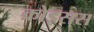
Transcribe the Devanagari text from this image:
क्रोइसस